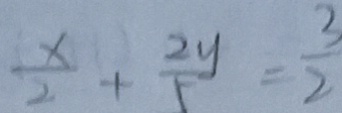
\frac { x } { 2 } + \frac { 2 y } { 5 } = \frac { 3 } { 2 }